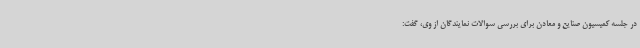
در جلسه کمیسیون صنایع و معادن برای بررسی سوالات نمایندگان از وی، گفت: